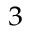
^ { 3 }